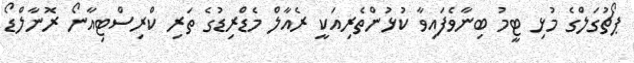
ޕޯޗުގަލްގެ މުޅި ޓީމު ބިނާވެފައިވާ ކުޅުންތެރިއަކީ ރެއާލް މެޑްރިޑުގެ ތަރި ކްރިސްޓިއާނޯ ރޮނާލްޑޯ